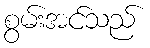
စွမ်းအင်သည်